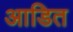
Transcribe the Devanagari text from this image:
आडित